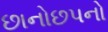
છાનોછપનો